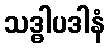
သဒ္ဓါပဒါနံ